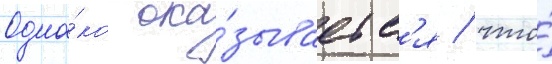
Одна́ко ока́зываетс'я / что́